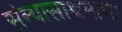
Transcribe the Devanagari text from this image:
संन्यासाश्रमाचा